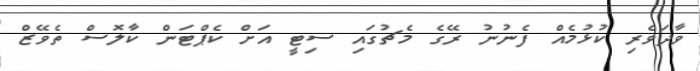
ވާދަވެރި ކުޅުމެއް ފެނުނު ރޭގެ މެޗުގައި ސިޓީ އަށް ކެޕްޓަން ކާލޮސް ތެވޭޒް